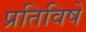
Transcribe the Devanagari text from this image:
प्रतिविषे